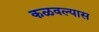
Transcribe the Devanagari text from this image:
कळवल्यास